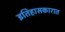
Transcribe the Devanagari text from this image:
इतिहासकारात